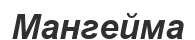
Мангейма